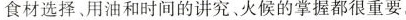
食材选择、用油和时间的讲究、火候的掌握都很重要